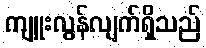
ကျူးလွန်လျက်ရှိသည်